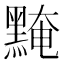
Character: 黤